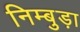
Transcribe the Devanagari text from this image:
निम्बुड़ा